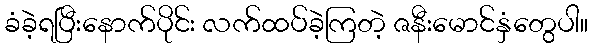
ခံခဲ့ရပြီးနောက်ပိုင်း လက်ထပ်ခဲ့ကြတဲ့ ဇနီးမောင်နှံတွေပါ။